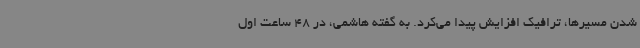
شدن مسیرها، ترافیک افزایش پیدا می‌کرد. به گفته هاشمی، در 48 ساعت اول